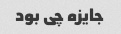
جایزه چی بود